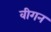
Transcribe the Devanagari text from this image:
वीगन